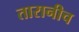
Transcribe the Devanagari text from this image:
तारानीच